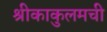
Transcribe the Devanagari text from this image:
श्रीकाकुलमची